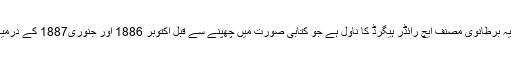
9 – شی‘ آ ہسٹری آف ایڈوینچر: یہ برطانوی مصنف ایچ رائڈر ہیگرڈ کا ناول ہے جو کتابی صورت میں چھپنے سے قبل اکتوبر 1886 اور جنوری1887 کے درمیان دی گرافک میگزین میں چھپا۔